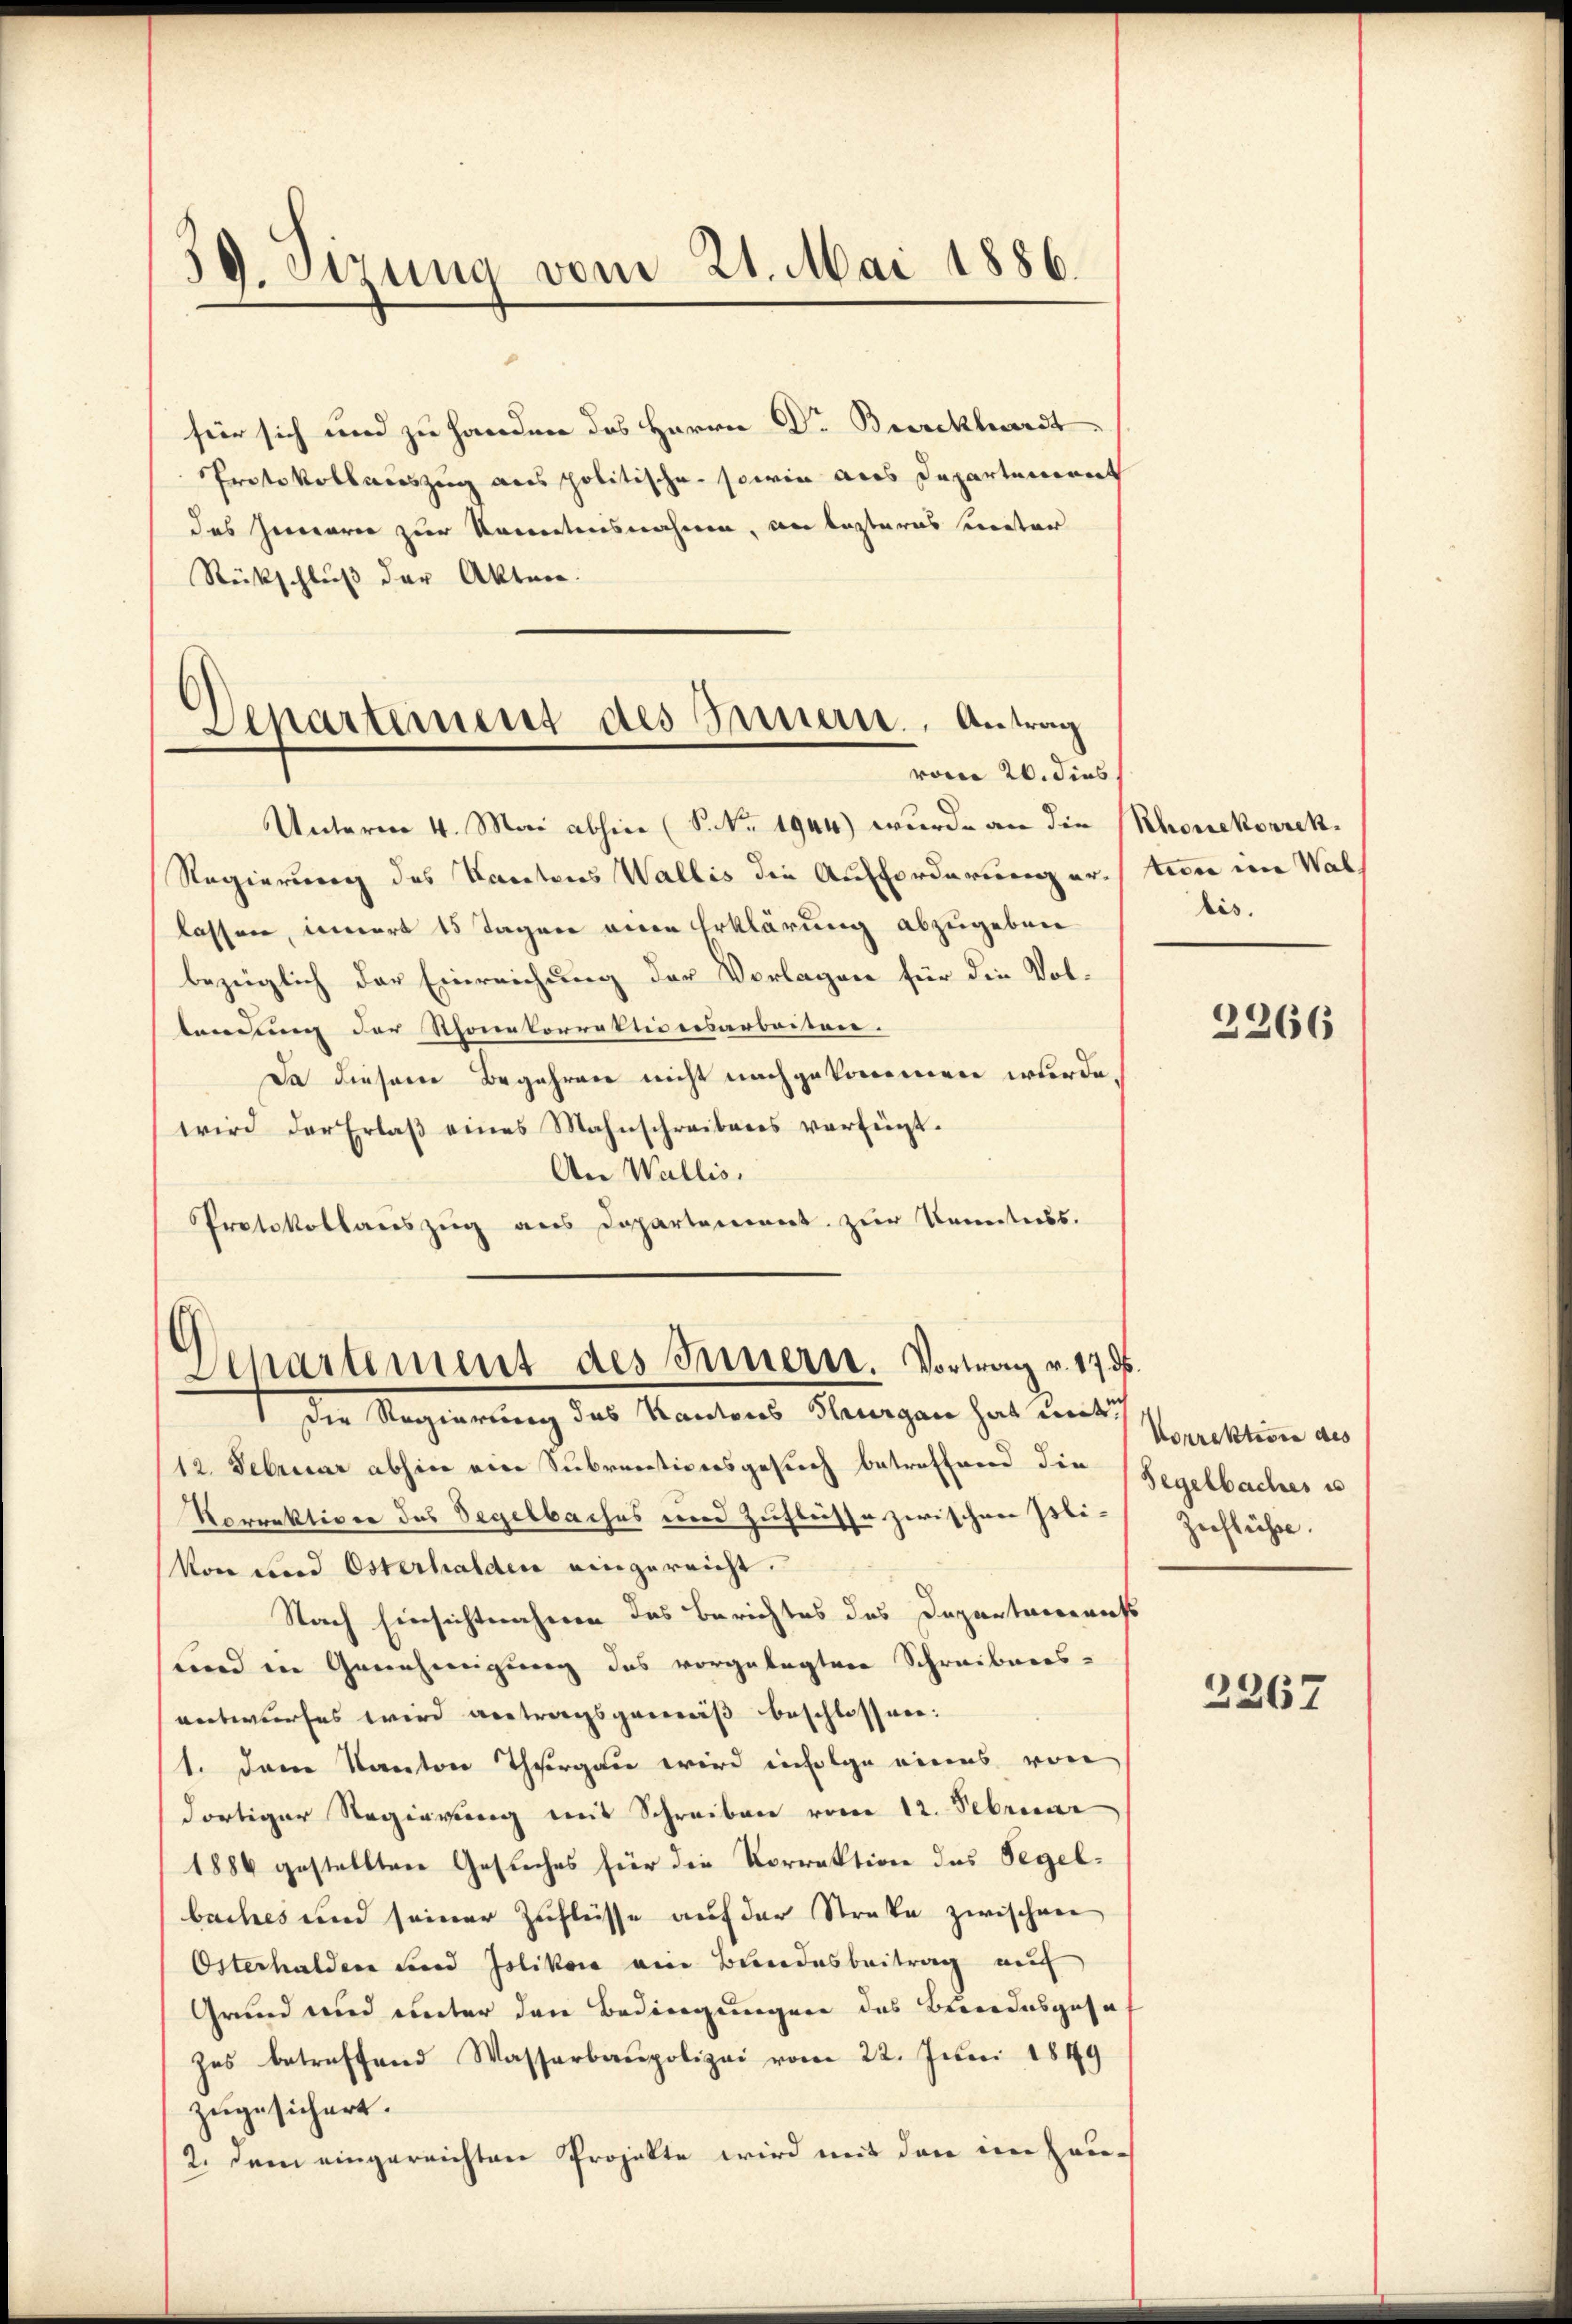
39. Sizung vom 21. Mai 1886.

für sich und zu Handen das Herrn Dr. Burckhardt
Protokollauszug aus politische sowie aus Departement
das Gemarer zur Kenntnisnahmen, an lasteres meter
Rückschluß der Akten.

Departement des Innern, Antrag
vom 26. dies

Unterm 4. Mai abhin (S. Nr. 1944) wurde an die Rhonekorrek¬
Regierung des Kantons Wallis die Aufforderung erlassen, innert 15 Tagen anden Erklärung abzugeben
bezüglich der Einreichung der Vorlagen für die Voltendung der Thonetorrektionesarbeiten.
Da diesem Begehren nicht nachgekommen wurde
wird der Erlaβ eines Mahnschreibens verfügt.
An Wallis,
Protokollauszug aus Departement zur Kenntniss.

Departement des Innern. Vortrag v. 17. d.
1 die Regierung des Kantons Thurgau hat mit

12. Februar abhin eine Subventiversgesuch betroffend die Regelbaches is
Korrektiven das Segelbaches und Zuflüsse zwischen Ibi¬
Von und Osterhalden eingereicht.
Nach Einsichtnahmen das Berichtes des Departarerauss
und in Genehmigung das vorgelegten Schreibens-
entwurfes wird antragsgemäß beschlossen:
1. Dem Kanton Thurgau wird infolge eines von
dortiger Regierung mit Schreiben vom 12. Februar
1886 gestellten Gesuches für die Vorrektion des Regelbaches und seiner Zuflüsse auf der Straße zwischen
Österhalden und Islikon ein Bundesbeitrag auf
Grund und unter den Bedingungen des Bundesgese
zes betreffend Wasserbaupolizei vom 22. Juni 1849
zugesichert.
2. Denn eingereichten Projekte wird mit den im Lau-

teon in Wal
bis.

2266

Vorrektion des
Zuflüsse.

2267